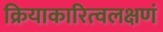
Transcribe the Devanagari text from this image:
क्रियाकारित्वलक्षणं